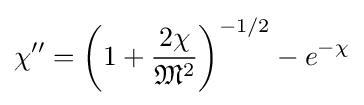
\chi ''=\left(1+{\frac {2\chi }{{\mathfrak {M}}^{2}}}\right)^{-1/2}-e^{-\chi }